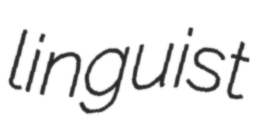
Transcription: linguist